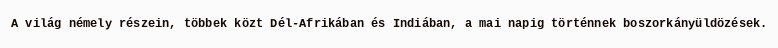
A világ némely részein, többek közt Dél-Afrikában és Indiában, a mai napig történnek boszorkányüldözések.